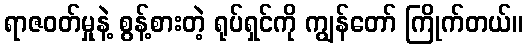
ရာဇဝတ်မှုနဲ့ စွန့်စားတဲ့ ရုပ်ရှင်ကို ကျွန်တော် ကြိုက်တယ်။